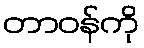
တာဝန်ကို